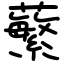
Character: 蘩